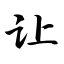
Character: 让